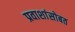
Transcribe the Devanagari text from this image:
प्रवाशांसोबत